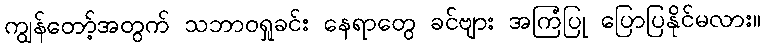
ကျွန်တော့်အတွက် သဘာဝရှုခင်း နေရာတွေ ခင်ဗျား အကြံပြု ပြောပြနိုင်မလား။